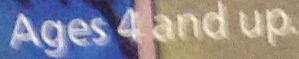
Ages 4 and up